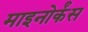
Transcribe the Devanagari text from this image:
माइनोर्कंस